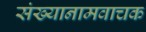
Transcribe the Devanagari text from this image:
संख्यानामवाचक